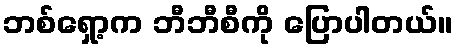
ဘစ်ရှော့က ဘီဘီစီကို ပြောပါတယ်။